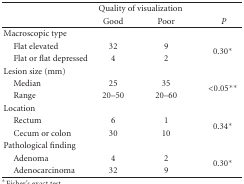
|  | <COLSPAN=2> Quality of visualization |  |
 |  | Good | Poor | P |
 | --- | --- | --- | --- |
 | Macroscopic type |  |  |  |
 | Flat elevated | 32 | 9 | <ROWSPAN=2> 0.30* |
 | Flat or flat depressed | 4 | 2 |
 | Lesion size (mm) |  |  |  |
 | Median | 25 | 35 | <ROWSPAN=2> <0.05** |
 | Range | 20–50 | 20–60 |
 | Location |  |  |  |
 | Rectum | 6 | 1 | <ROWSPAN=2> 0.34* |
 | Cecum or colon | 30 | 10 |
 | Pathological finding |  |  |  |
 | Adenoma | 4 | 2 | <ROWSPAN=2> 0.30* |
 | Adenocarcinoma | 32 | 9 |